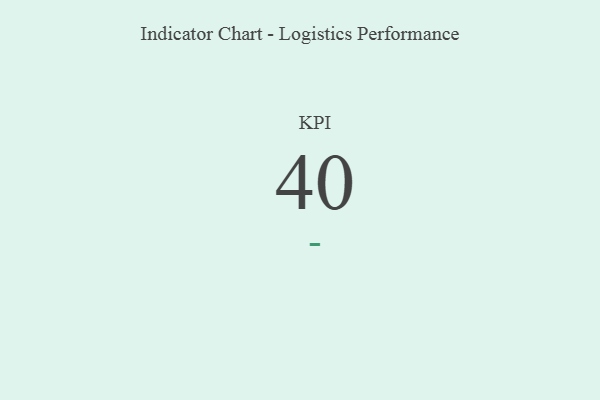
{"axis": {"x": "KPI", "y": "Value"}, "legend": [""], "data": [{"x": "KPI", "y": 40, "type": ""}]}